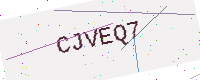
Text: CJVEQ7